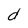
Character: d